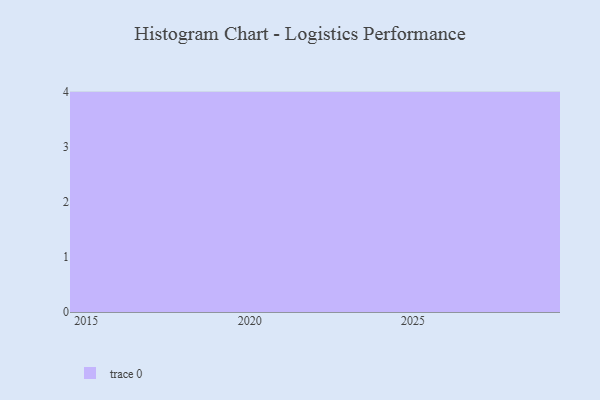
{"axis": {"x": "Year", "y": "Shipments"}, "legend": [""], "data": [{"x": "2023", "y": 28, "type": ""}, {"x": "2022", "y": 34, "type": ""}, {"x": "2024", "y": 29, "type": ""}, {"x": "2029", "y": 97, "type": ""}, {"x": "2020", "y": 9, "type": ""}, {"x": "2015", "y": 97, "type": ""}, {"x": "2028", "y": 51, "type": ""}, {"x": "2026", "y": 21, "type": ""}, {"x": "2017", "y": 39, "type": ""}, {"x": "2016", "y": 89, "type": ""}, {"x": "2025", "y": 93, "type": ""}, {"x": "2018", "y": 45, "type": ""}]}